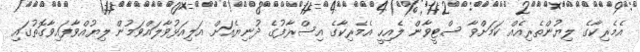
އެމެރިކާގެ ލިޔުންތެރިއެއް ކަމަށްވާ ސްޓީވާން ލެއިހީ އެމެރިކާގެ އިސްރާފުގެ ދުނިޔެއަށް އަލިއަޅުވާލައްވަމުން ލިޔުއްވާފައިވާގޮތުގައި